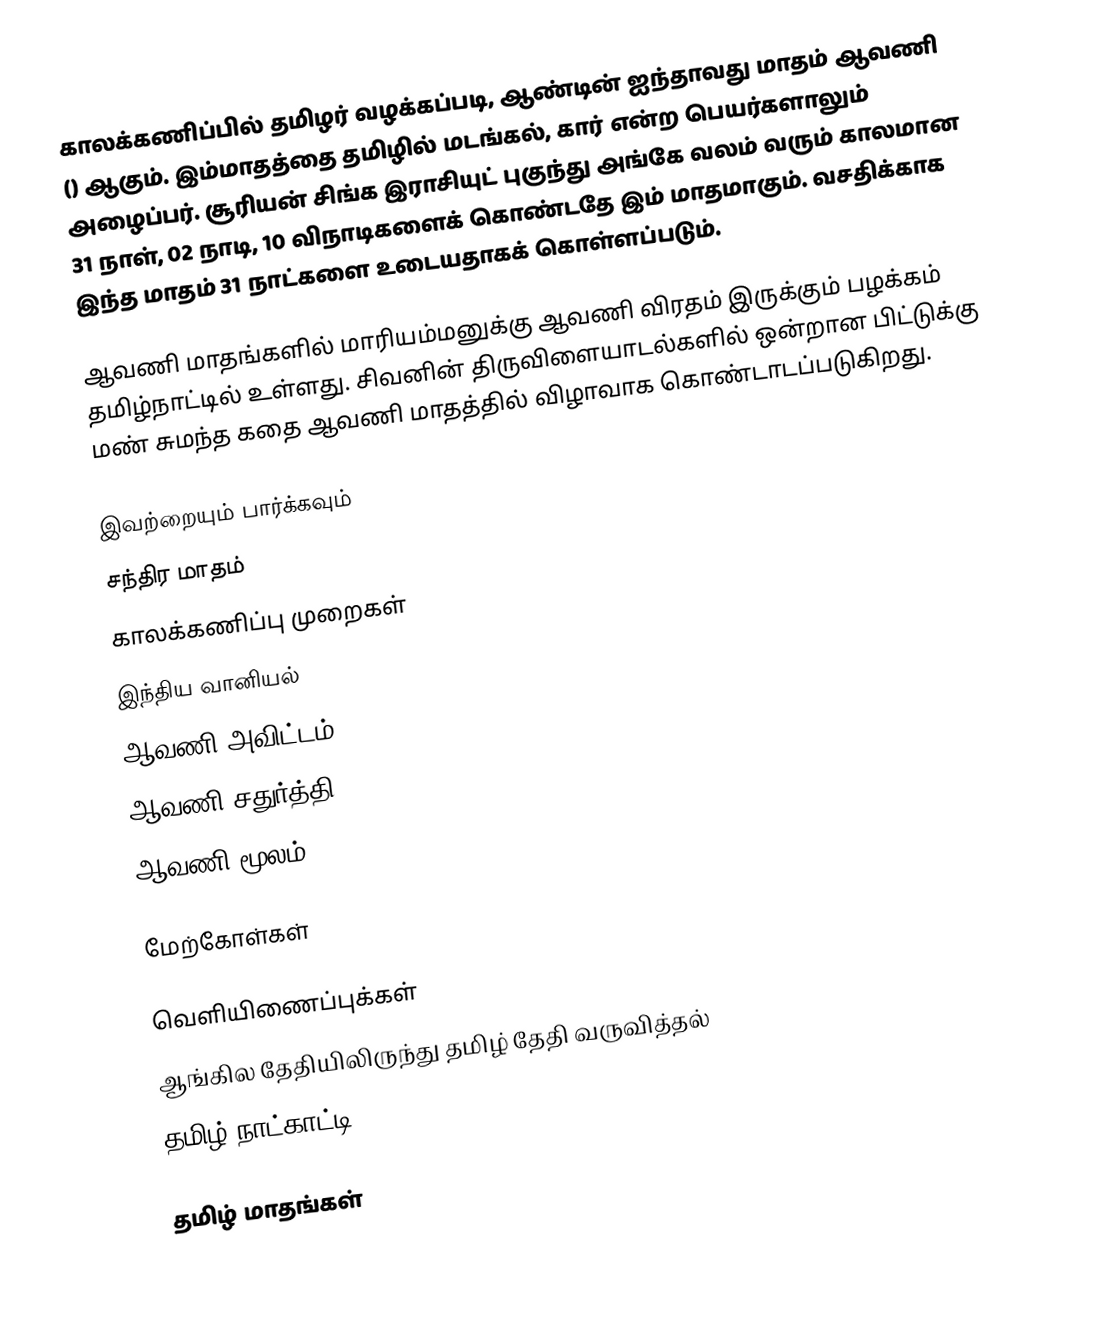
காலக்கணிப்பில் தமிழர் வழக்கப்படி, ஆண்டின் ஐந்தாவது மாதம் ஆவணி () ஆகும். இம்மாதத்தை தமிழில் மடங்கல், கார் என்ற பெயர்களாலும் அழைப்பர். சூரியன் சிங்க இராசியுட் புகுந்து அங்கே வலம் வரும் காலமான 31 நாள், 02 நாடி, 10 விநாடிகளைக் கொண்டதே இம் மாதமாகும். வசதிக்காக இந்த மாதம் 31 நாட்களை உடையதாகக் கொள்ளப்படும்.

ஆவணி மாதங்களில் மாரியம்மனுக்கு ஆவணி விரதம் இருக்கும் பழக்கம் தமிழ்நாட்டில் உள்ளது. சிவனின் திருவிளையாடல்களில் ஒன்றான பிட்டுக்கு மண் சுமந்த கதை ஆவணி மாதத்தில் விழாவாக கொண்டாடப்படுகிறது.

இவற்றையும் பார்க்கவும்
 சந்திர மாதம்
 காலக்கணிப்பு முறைகள்
 இந்திய வானியல்
 ஆவணி அவிட்டம்
 ஆவணி சதுர்த்தி
 ஆவணி மூலம்

மேற்கோள்கள்

வெளியிணைப்புக்கள்
ஆங்கில தேதியிலிருந்து தமிழ் தேதி வருவித்தல்
தமிழ் நாட்காட்டி

தமிழ் மாதங்கள்